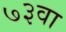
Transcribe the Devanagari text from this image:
७३वा